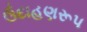
ઉદાહણરૂપ